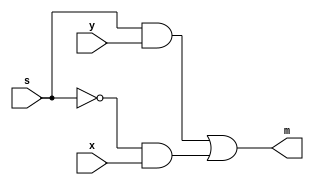
module mux2to1(x, y, s, m);
    input x; //select 0
    input y; //select 1
    input s; 
    output m; 
  
    assign m = (s & y) | (~s & x);

endmodule